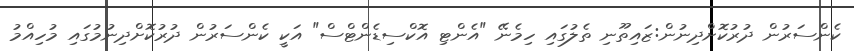
ކެންސަރުން ދުރުކޮށްދިނުން:ޒައިތޫނި ތެލުގައި ހިމެނޭ "އެންޓި އޮކްސިޑެންޓްސް" އަކީ ކެންސަރުން ދުރުކޮށްދިނުމުގައި މުހިއްމު